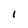
Character: I